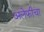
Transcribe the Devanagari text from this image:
अलेफीचा